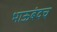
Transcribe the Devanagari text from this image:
भाऊबंदच